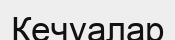
Кечуалар